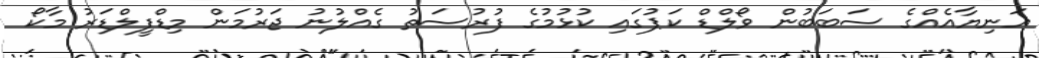
އަނިޔާއެއްގެ ސަބަބުން ވޯލްޑް ކަޕުގައި ކުޅުމުގެ ފުރުސަތު ގެއްލުނު ޖަރުމަން މިޑްފީލްޑަރު މާކޯ